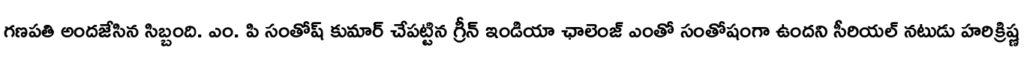
గణపతి అందజేసిన సిబ్బంది. ఎం. పి సంతోష్ కుమార్ చేపట్టిన గ్రీన్ ఇండియా ఛాలెంజ్ ఎంతో సంతోషంగా ఉందని సీరియల్ నటుడు హరిక్రిష్ణ